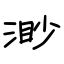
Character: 渺